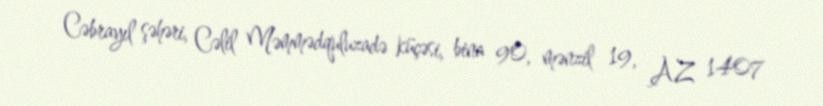
Cəbrayıl şəhəri, Cəlil Məmmədquluzadə küçəsi, bina 90, mənzil 19, AZ 1407